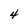
Character: 4